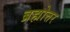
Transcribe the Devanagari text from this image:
ब्रह्मोत्तर